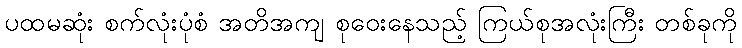
ပထမဆုံး စက်လုံးပုံစံ အတိအကျ စုဝေးနေသည့် ကြယ်စုအလုံးကြီး တစ်ခုကို